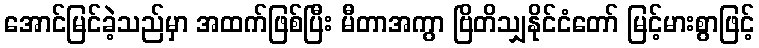
အောင်မြင်ခဲ့သည်မှာ အထက်ဖြစ်ပြီး မီတာအကွာ ဗြိတိသျှနိုင်ငံတော် မြင့်မားစွာဖြင့်